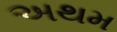
અથમ